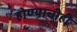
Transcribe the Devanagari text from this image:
होण्याचीही